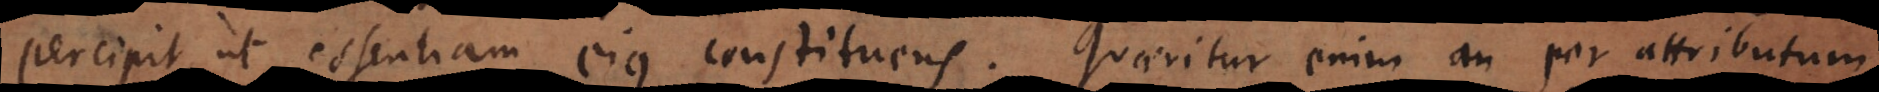
percipit, ut essentiam eius constituens. Quaeritur enim an per attributum